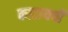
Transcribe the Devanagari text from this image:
काटायची